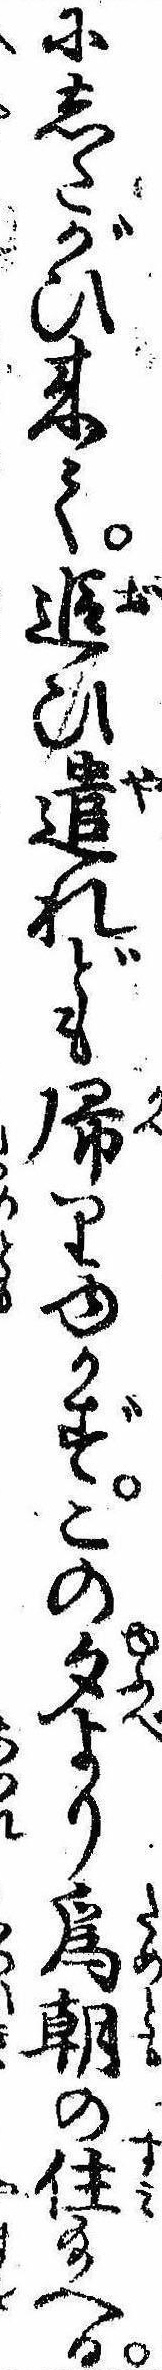
にしたがひ来て追ひ遣れども帰りゆかずこの夕より為朝の住給へる